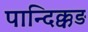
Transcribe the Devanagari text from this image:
पान्दिक्कड़